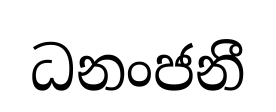
ධනංජනී